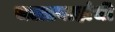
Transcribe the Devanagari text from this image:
जलप्रवाहांची